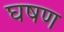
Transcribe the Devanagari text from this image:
घषण